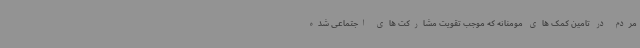
مردم در تامین کمک های مومنانه که موجب تقویت مشارکت های اجتماعی شده